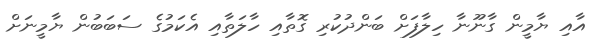
އާއި ޔާމީން ގާނޫނާ ހިލާފަށް ބަންދުކުރި ގޮތާއި ހާލަތާއި އެކަމުގެ ސަބަބުން ޔާމީނަށް